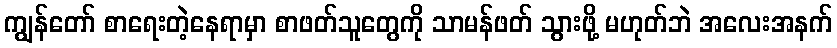
ကျွန်တော် စာရေးတဲ့နေရာမှာ စာဖတ်သူတွေကို သာမန်ဖတ် သွားဖို့ မဟုတ်ဘဲ အလေးအနက်